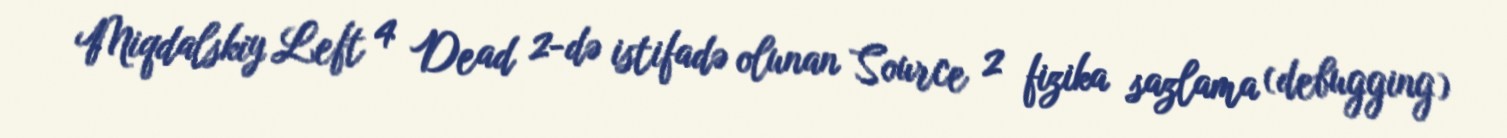
Miqdalskiy Left 4 Dead 2-də istifadə olunan Source 2 fizika sazlama (debugging)